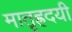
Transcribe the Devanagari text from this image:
मातृह्रदयी